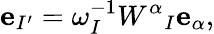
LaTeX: {\mathbf e}_{I^{\prime}}=\omega_{I}^{-1}W^{\alpha}{}_{I}{\mathbf e}_{\alpha},